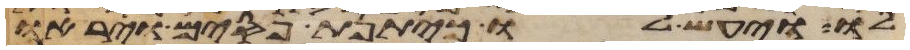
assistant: לו ויעש לו כיתנת פסים ויראו